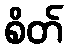
စိတ်